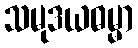
သမုဒယဓမ္မာ